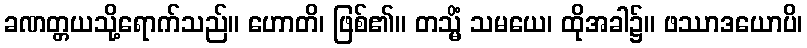
ခဏတ္တယသို့ရောက်သည်။ ဟောတိ၊ ဖြစ်၏။ တသ္မိံ သမယေ၊ ထိုအခါ၌။ ဖဿာဒယောပိ၊